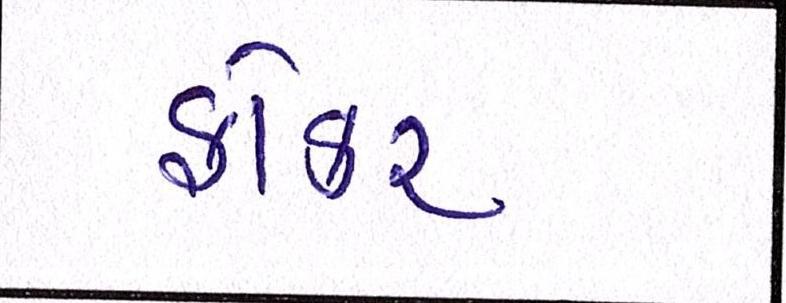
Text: ફોકર